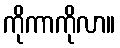
ကိုကာကိုလာ။